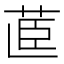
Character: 𮎽